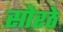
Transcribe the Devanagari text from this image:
सोरठे